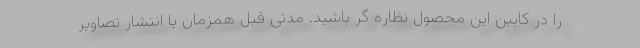
را در کابین این محصول نظاره گر باشید. مدتی قبل همزمان با انتشار تصاویر